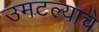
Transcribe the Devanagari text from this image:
उमटल्याचे